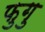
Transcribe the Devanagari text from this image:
फुगु